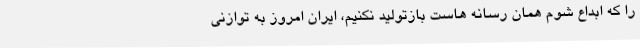
را که ابداع شوم همان رسانه هاست بازتولید نکنیم، ایران امروز به توازنی